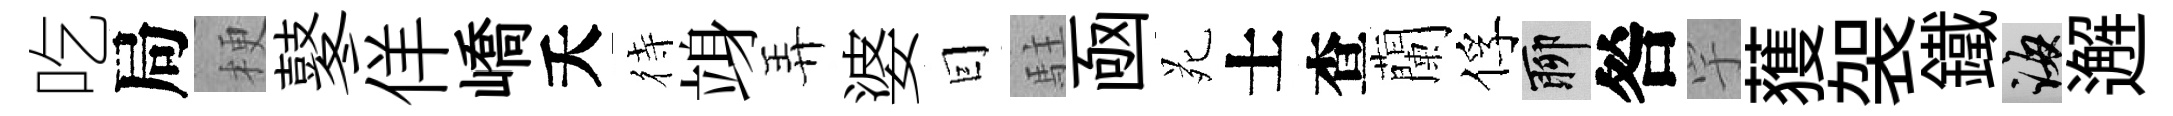
吃局梗鼕佯嶠夭待竧弄婆囙駐凾苑士查蘭俘聊咎宇𫉬袈鐵誨邂